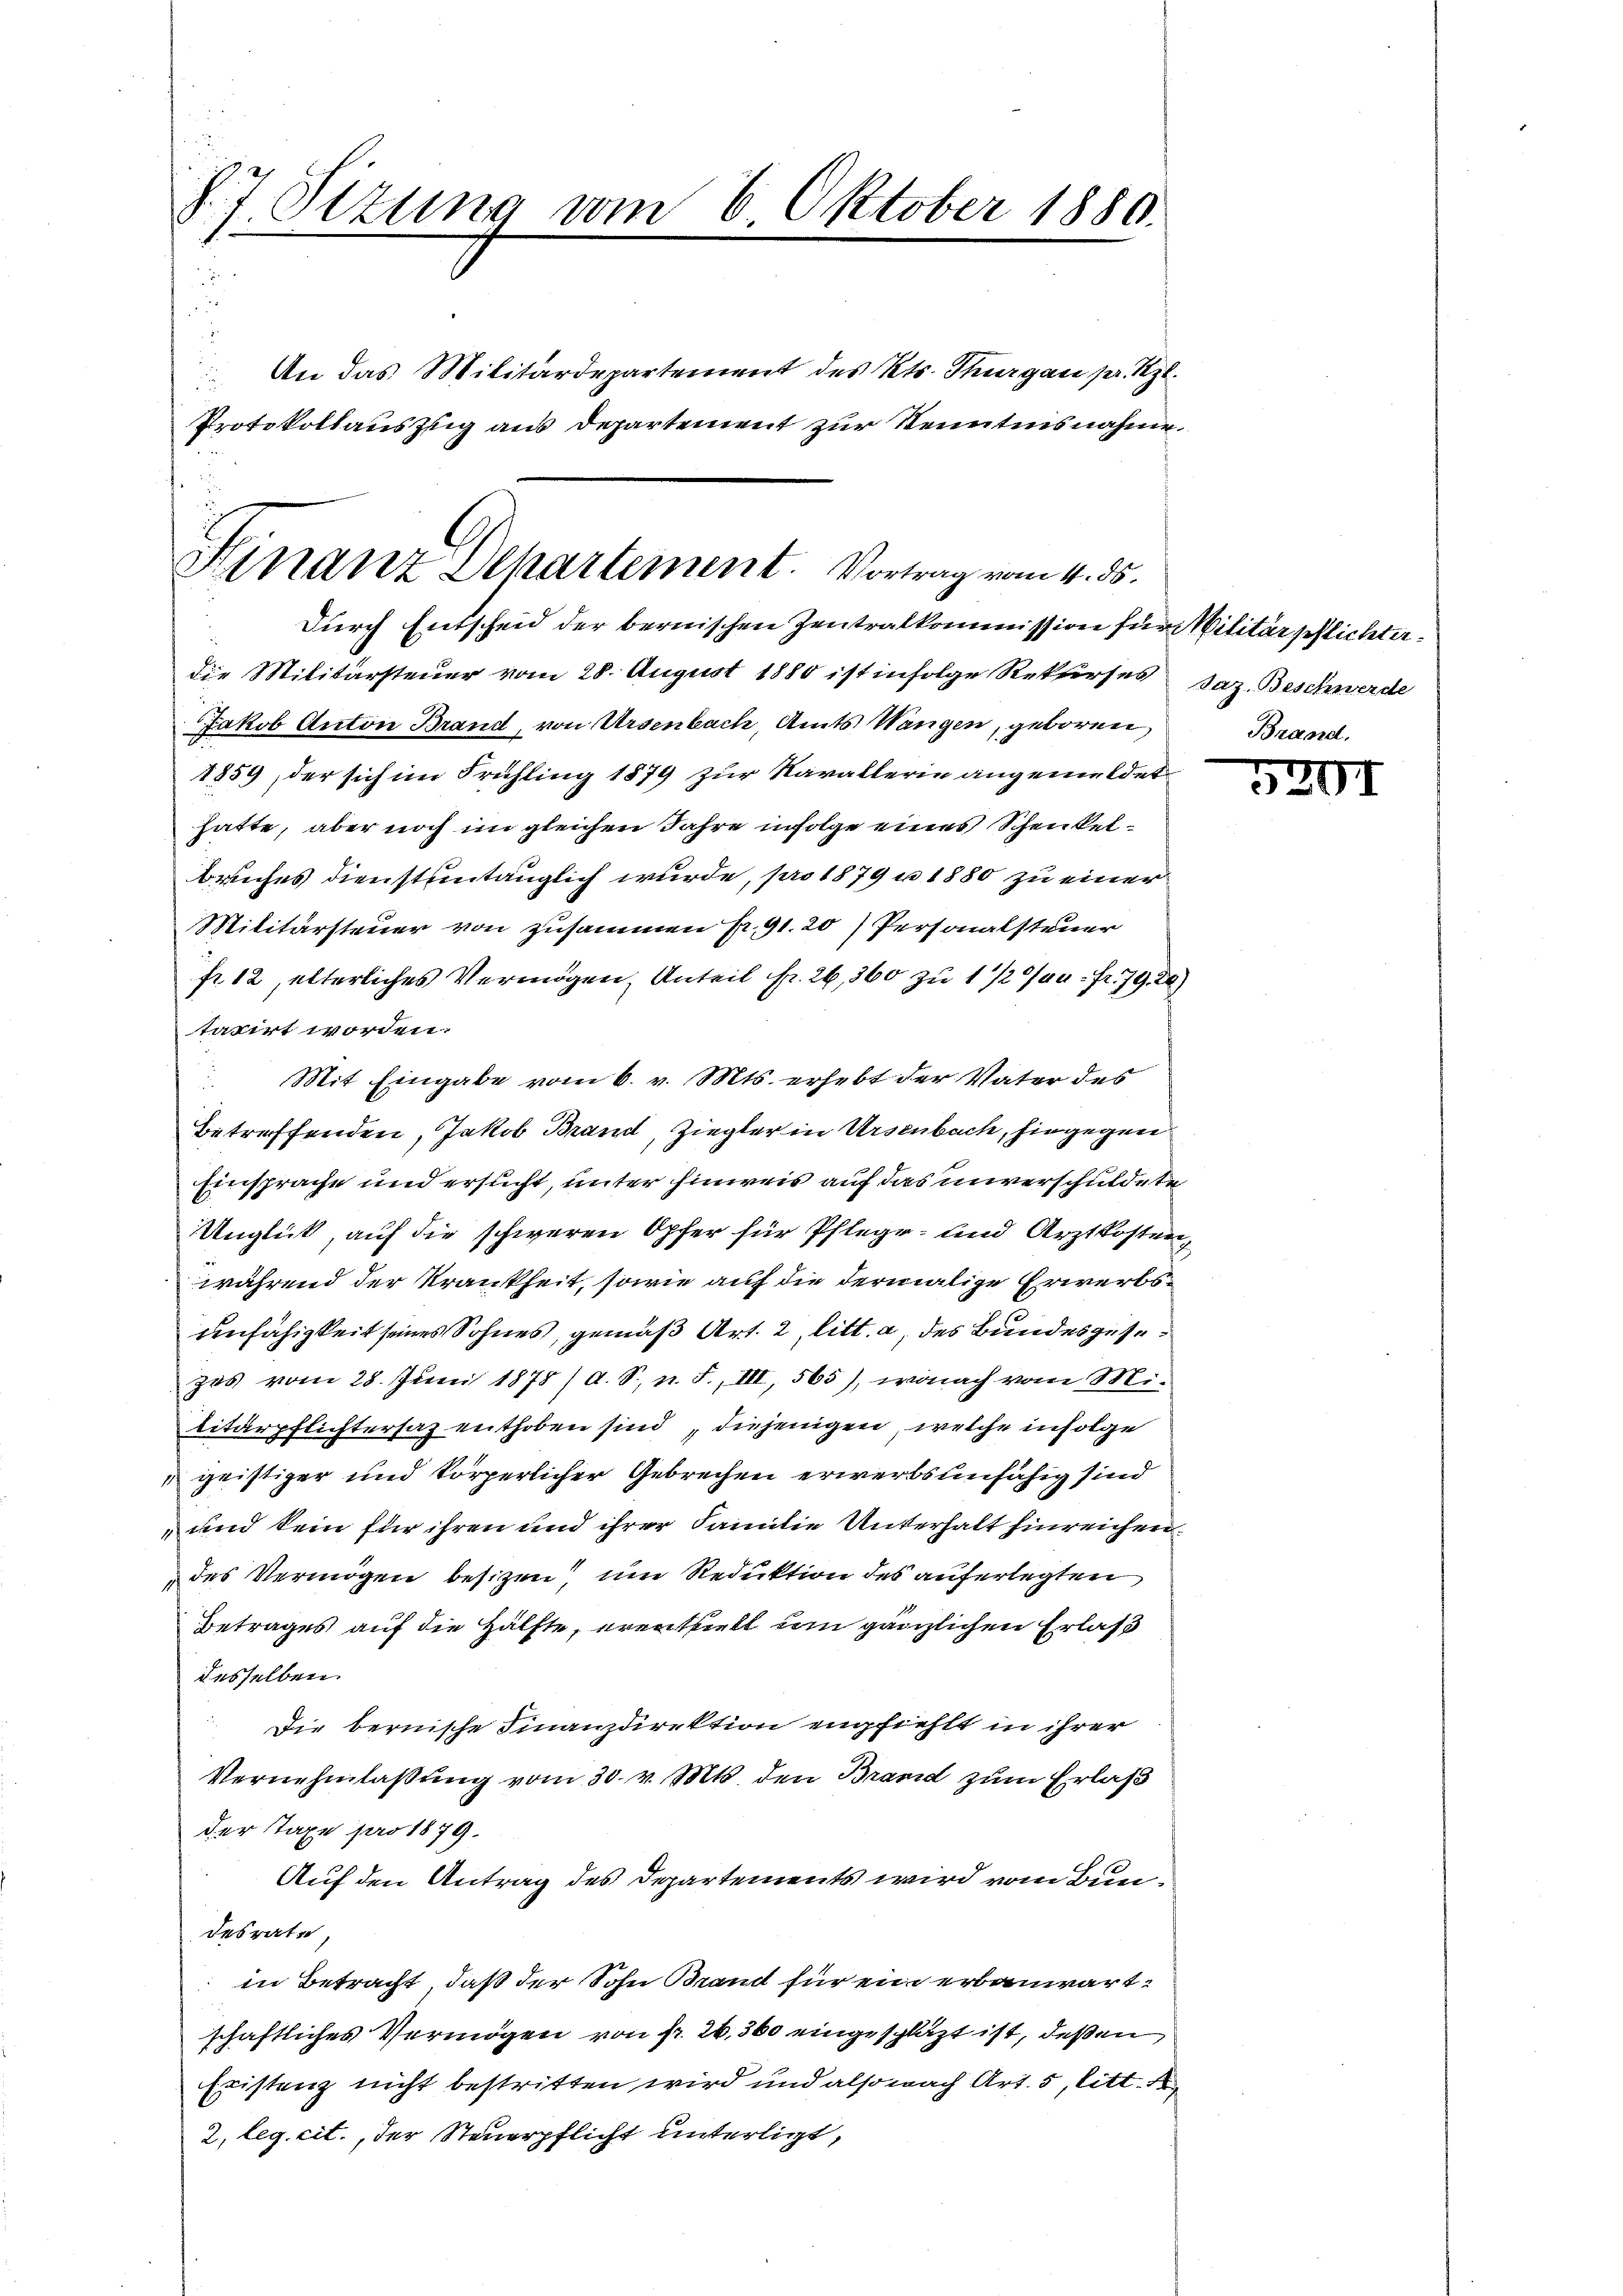
§7 Sizung vom 6 Oktober 1880.
e

Hinanz Departement. Vortrag vom 4. ds.

An das Militärdepartement des Kts. Thurgau pr. Kgl.
Protokollauszug aus Departement zur Kenntnisnahme.
Durch Entscheid der bernischen Zentralkommission für Militärschlichterdie Militärsteuer vom 28. August 1880 ist infolge Rekurses,
Jakob Anton Brand, von Ursenbach, Amts Wangen, geboren,
1859, der sich im Frühling 1879 zur Kavallerin angemeldet
hatte, aber noch im gleichen Jahre infolge eines Schenkelbruches dienstuntauglich wurde, pro 1879 u 1880 zu einer
Militärsteuer von zusammen pr. 91. 20 Personalsteuer
fr. 12, elterliches Vermögen, Anteil fr. 26, 360 zu 1 1/2 %. fr. 79. 20.
taxirt worden.
 Mit Eingabe vom 6. v. Mts. erhebt der Vater des
betreffenden, Jakob Brand, Ziegler in Ursenbach, hingegen
Einsprache und ersucht, unter hinweis auf das unverschuldete
Unglück, auf die schweren Opfer für Pflege und Arztkostenwährend der Krankheit, sowie auf die dermalige Erwerbsunfähigkeit seines Sohnes, gemäß Art. 2, litt. a, des Bundesgesezes vom 28. Juni 1878 / A. S., n. F., III, 565), wonach vom Mi-
titärpflichtersaz enthoben sind, diejenigen, welche infolge
 geistiger und körperlicher Gebrechen erwerbsunfähig sind
und kein für ihren und ihrer Familie Unterhalt hinreichen
des Vermögen besizen um Reduktion des auferlegten
Betrages auf die Hälfte, erenthielt um gänzlichen Erlass
desselben
Die bernische Finanzdirektion empfiehlt in ihrer
Vernehmlassung vom 30. v. Mts. den Brand zum Erlaß
der Taxe pro 1879.
Auf den Antrag des Departements wird vom Bundesrate
in Betracht, daß der Sohn Brand für ein erbauwart
schaftliches Vermögen von fr. 26,360 eingeschläzt ist, deßen
Existenz nicht bestritten wird und also nach Art. 5, litt.
2. leg. cit., der Steuerpflicht unterlitzt,

Jaz. Beschwerde

07